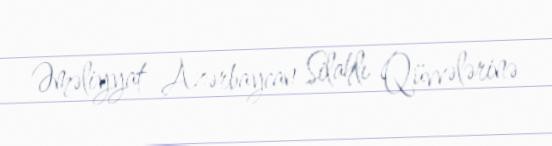
Əməliyyat Azərbaycan Silahlı Qüvvələrinə